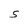
Character: S